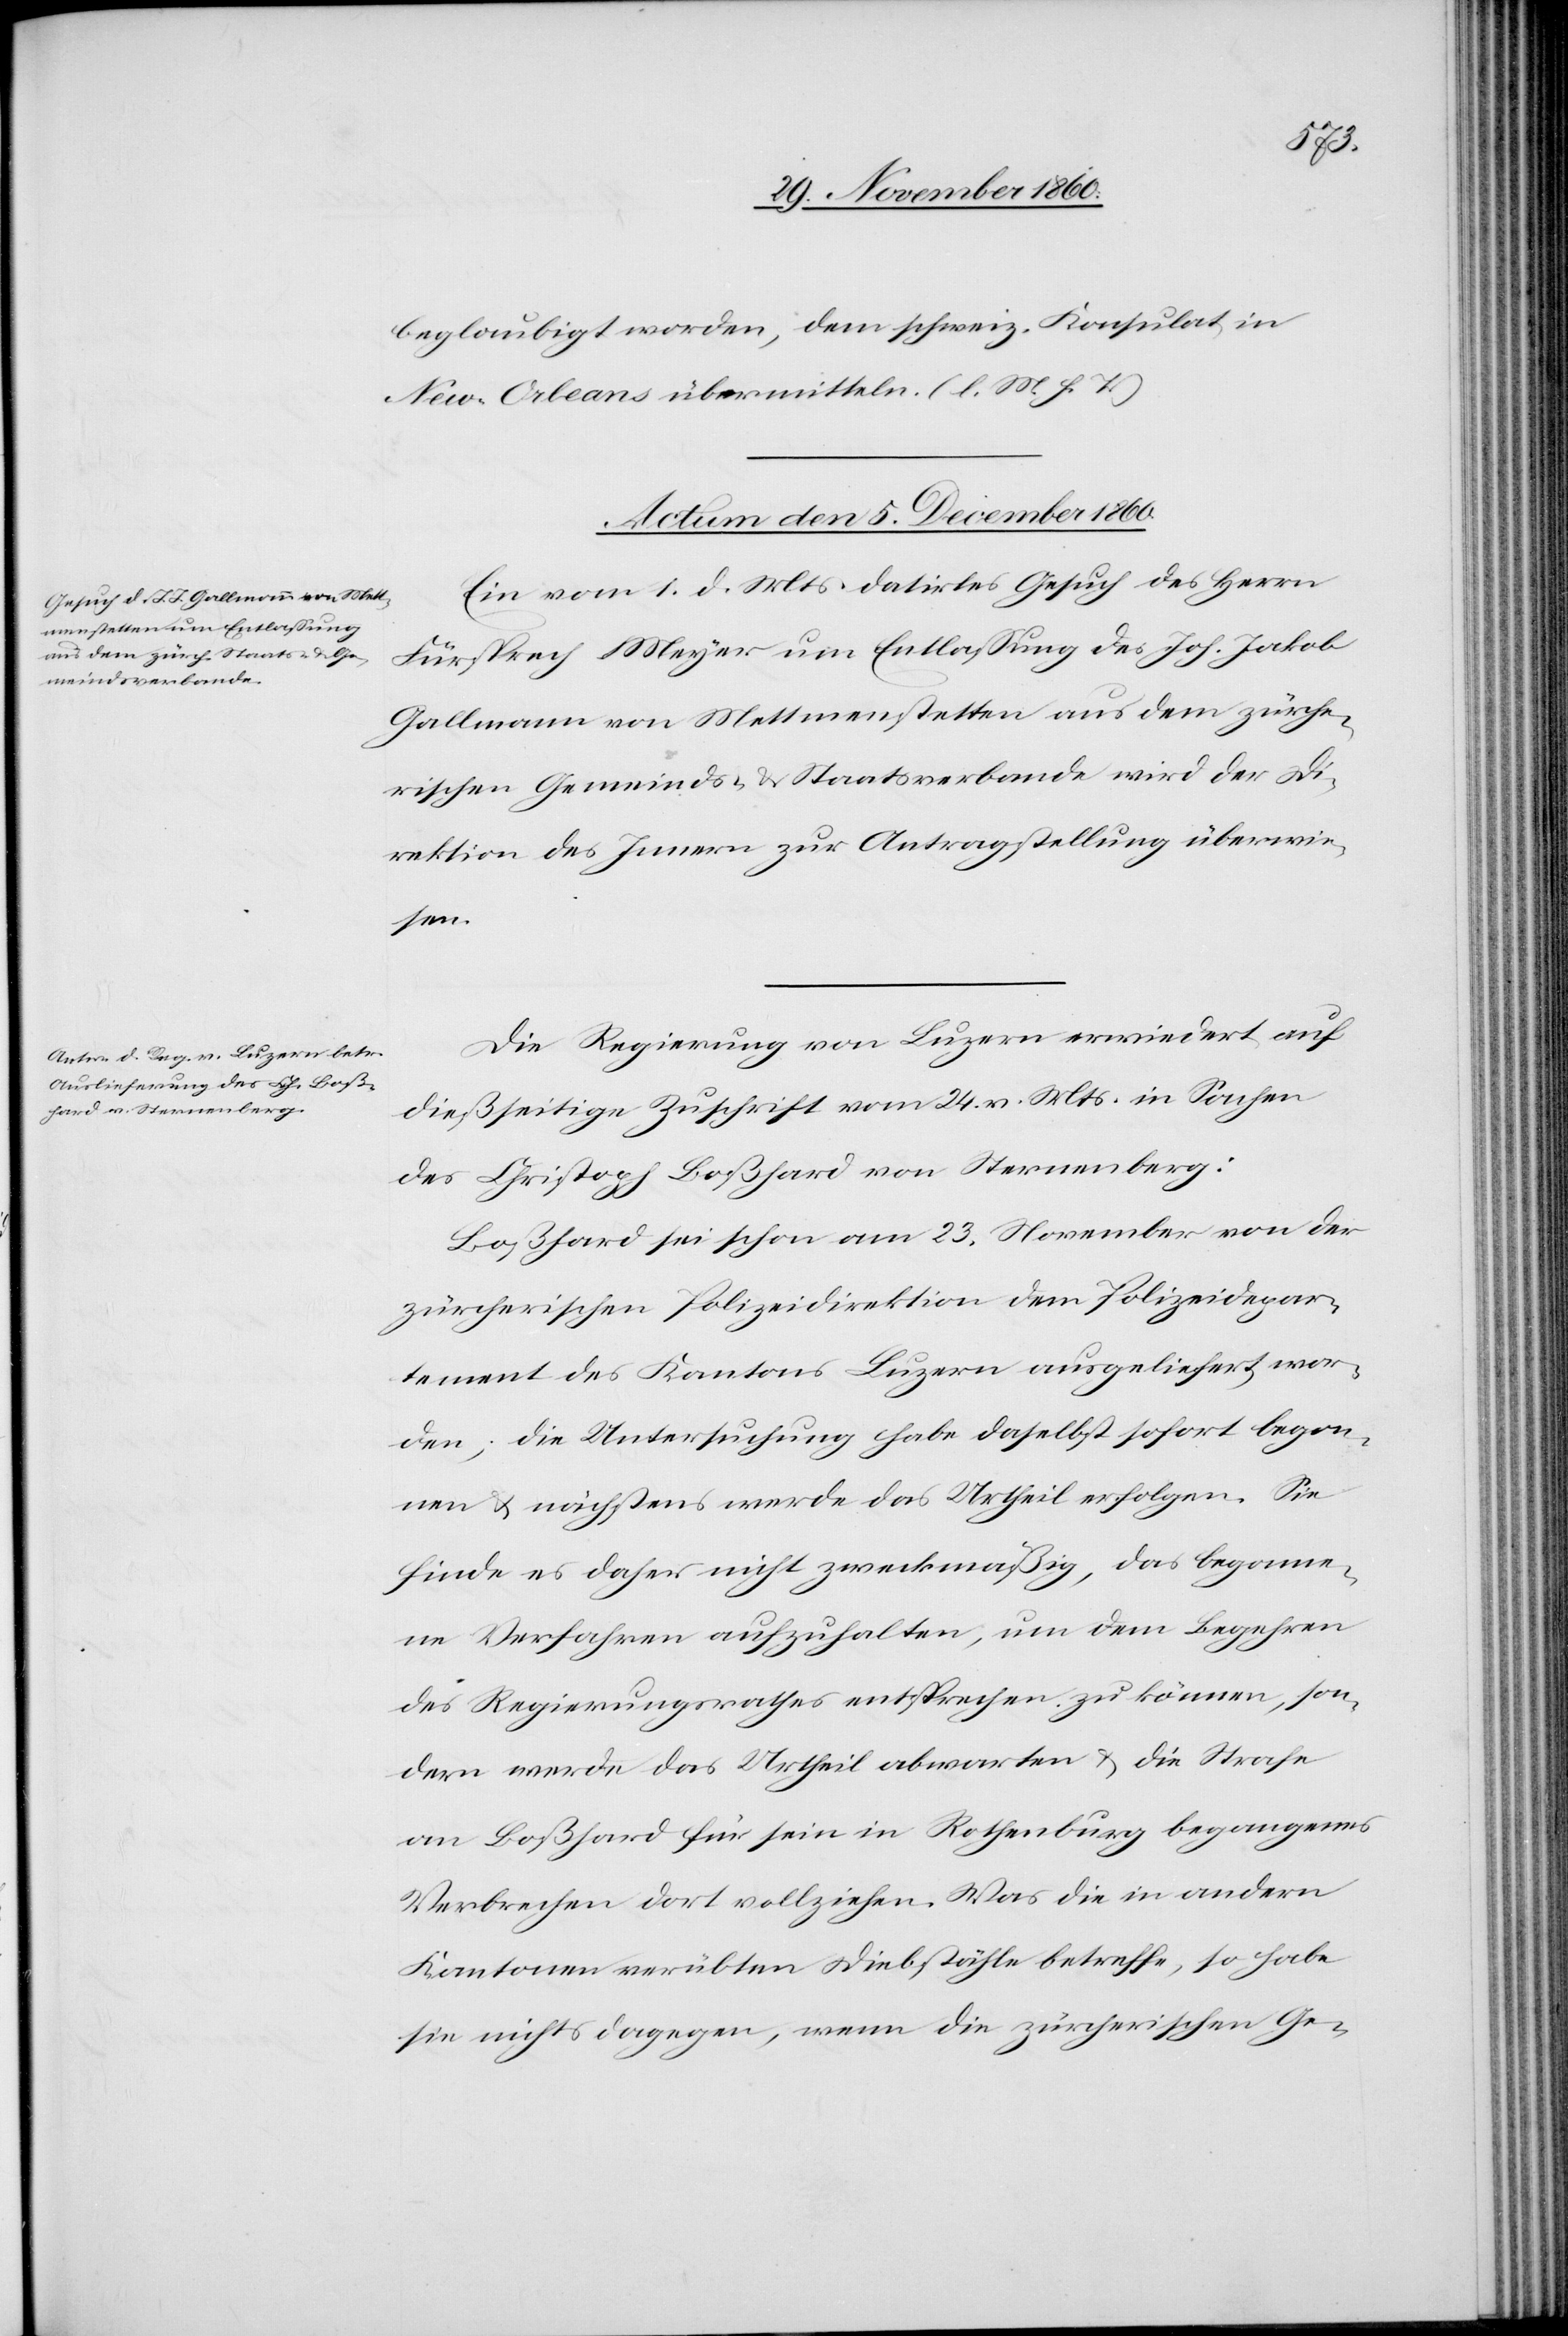
beglaubigt worden, dem schweiz. Konsulat in
New-Orleans übermitteln. (l. M. h. T.)
Actum den 5. December 1860.]
Ein vom 1. d. Mts. datirtes Gesuch des Herrn
Fürsprech Meyer um Entlassung des Joh. Jakob
Gallmann von Mettmenstetten aus dem zürche¬
rischen Gemeinds- u. Staatsverbande wird der Di¬
rektion des Innern zur Antragstellung überwie¬
sen.
Die Regierung von Luzern erwiedert auf
dießseitige Zuschrift vom 24. v. Mts. in Sachen
des Christoph Boßhard von Sternenberg:
Boßhard sei schon am 23. November von der
zürcherischen Polizeidirektion dem Polizeidepar¬
tement des Kantons Luzern ausgeliefert wor¬
den, die Untersuchung habe daselbst sofort begon¬
nen u. nächstens werde das Urtheil erfolgen. Sie
finde es daher nicht zweckmäßig, das begonne¬
ne Verfahren aufzuhalten, um dem Begehren
des Regierungsrathes entsprechen zu können, son¬
dern werde das Urtheil abwarten u. die Strafe
an Boßhard für sein in Rothenburg begangenes
Verbrechen dort vollziehen. Was die in andern
Kantonen verübten Diebstähle betreffe, so habe
sie nicht dagegen, wenn die zürcherischen Ge-